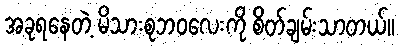
အခုရနေတဲ့ မိသားစုဘဝလေးကို စိတ်ချမ်းသာတယ်။